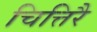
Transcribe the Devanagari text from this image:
चित्तिरै